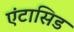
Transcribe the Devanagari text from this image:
एंटासिड